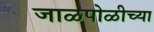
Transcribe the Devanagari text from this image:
जाळपोळीच्या